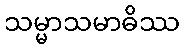
သမ္မာသမာဓိဿ